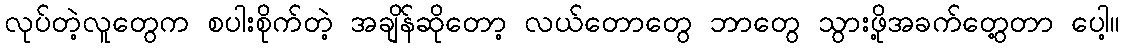
လုပ်တဲ့လူတွေက စပါးစိုက်တဲ့ အချိန်ဆိုတော့ လယ်တောတွေ ဘာတွေ သွားဖို့အခက်တွေ့တာ ပေါ့။